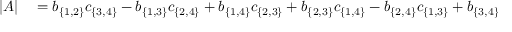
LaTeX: \begin{array} { r l } { | A | } & { { } = b _ { \{ 1 , 2 \} } c _ { \{ 3 , 4 \} } - b _ { \{ 1 , 3 \} } c _ { \{ 2 , 4 \} } + b _ { \{ 1 , 4 \} } c _ { \{ 2 , 3 \} } + b _ { \{ 2 , 3 \} } c _ { \{ 1 , 4 \} } - b _ { \{ 2 , 4 \} } c _ { \{ 1 , 3 \} } + b _ { \{ 3 , 4 \} } c _ { \{ 1 , 2 \} } } \end{array}